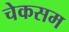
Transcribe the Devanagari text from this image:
चेकसम